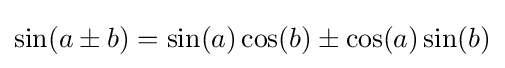
\sin(a\pm b)=\sin(a)\cos(b)\pm \cos(a)\sin(b)